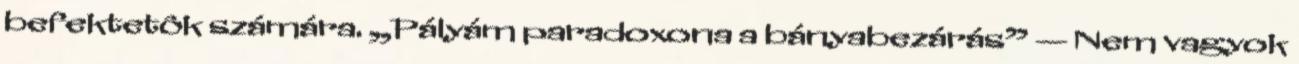
befektetôk számára. „Pályám paradoxona a bányabezárás” — Nem vagyok